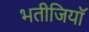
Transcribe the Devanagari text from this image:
भतीजियाॅ